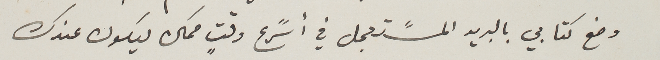
وضع كتابي بالبريد المسًتعجل في أسًرع وقتٍ ممكن ليكون عندك